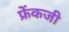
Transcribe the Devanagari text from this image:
फ्रेंकजी